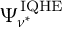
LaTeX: \Psi _ { \nu ^ { * } } ^ { \mathrm { { I Q H E } } }